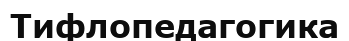
Тифлопедагогика